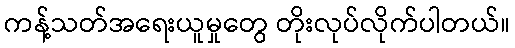
ကန့်သတ်အရေးယူမှုတွေ တိုးလုပ်လိုက်ပါတယ်။